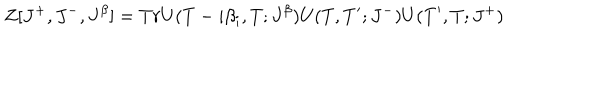
Z [ J ^ { + } , J ^ { - } , J ^ { \beta } ] = T r U ( T - i \beta _ { i } , T ; J ^ { \beta } ) U ( T , T ^ { \prime } ; J ^ { - } ) U ( T ^ { \prime } , T ; J ^ { + } )